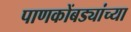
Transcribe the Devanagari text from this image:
पाणकोंबड्यांच्या